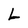
Character: L